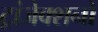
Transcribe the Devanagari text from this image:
ट्रांजेक्शनों